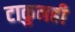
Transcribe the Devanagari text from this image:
टाकुनही